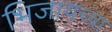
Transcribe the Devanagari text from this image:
भिजायच्या